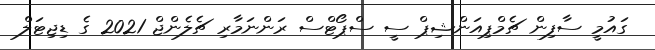
ގައުމީ ސާފިން ޗެމްޕިއަންޝިޕް ސީ ސްޕޯޓްސް ރަންނަމާރި ޗެލެންޖް 2021 ގެ ޑިޖިޓަލް